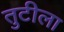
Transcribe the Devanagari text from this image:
तुटीला